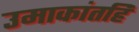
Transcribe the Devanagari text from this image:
उमाकांतहि